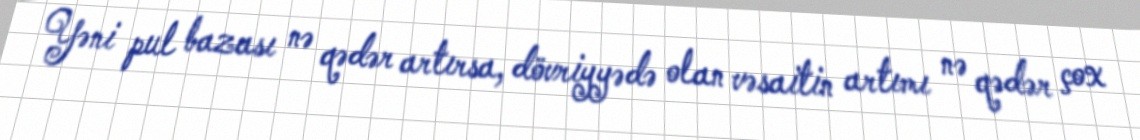
Yəni pul bazası nə qədər artırsa, dövriyyədə olan vəsaitin artımı nə qədər çox